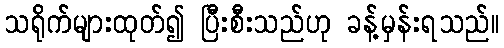
သရိုက်များထုတ်၍ ပြီးစီးသည်ဟု ခန့်မှန်းရသည်။